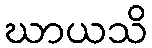
ဃာယသိ